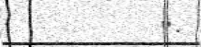
".